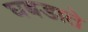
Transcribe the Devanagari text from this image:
घबडाते